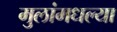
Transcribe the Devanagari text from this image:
मुलांमधल्या